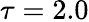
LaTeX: \tau=2.0